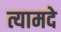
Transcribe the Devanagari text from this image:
त्यामदे